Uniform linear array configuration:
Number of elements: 32
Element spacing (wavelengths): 0.25
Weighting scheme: exponential
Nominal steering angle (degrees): -30
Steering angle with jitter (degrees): -30.886
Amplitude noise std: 0.05
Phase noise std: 0.05

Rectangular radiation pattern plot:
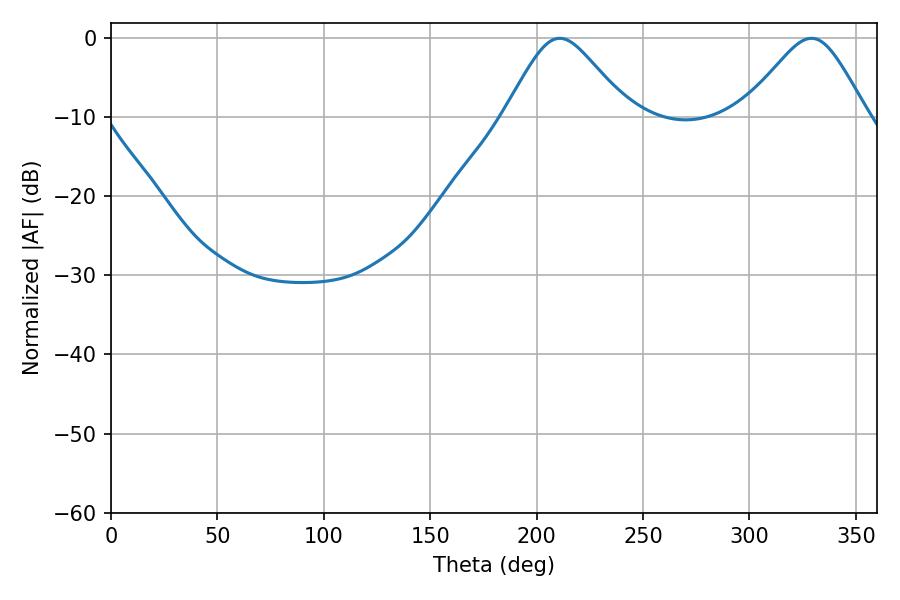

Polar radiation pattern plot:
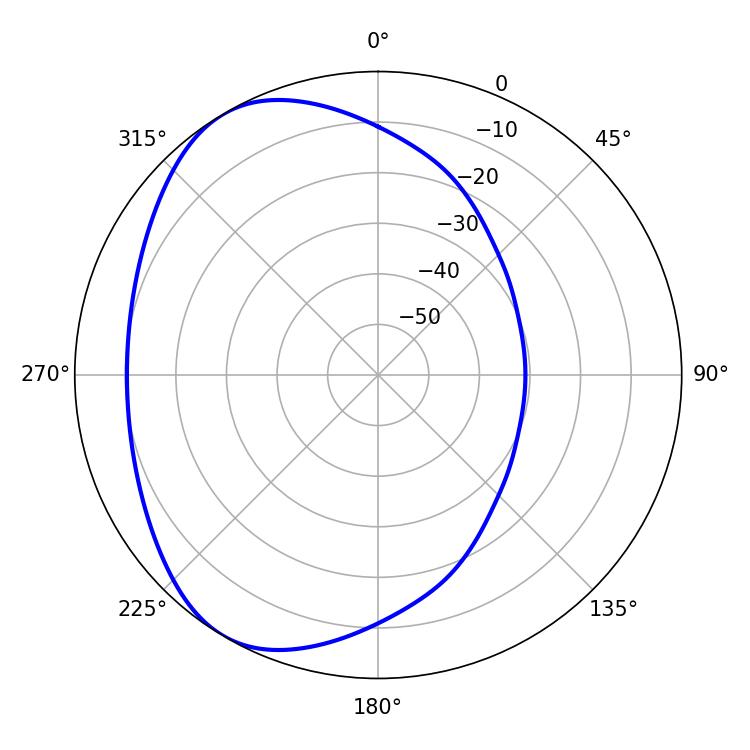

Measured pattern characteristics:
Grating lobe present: FALSE
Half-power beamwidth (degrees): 28.08
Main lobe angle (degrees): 210.78